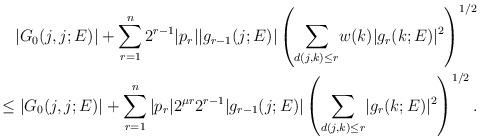
LaTeX: \begin{align*} |G_0(j,j; E)| + \sum_{r = 1}^n 2^{r-1} |p_r| |g_{r-1}(j; E)| \left(\sum_{d(j,k) \le r} \! w(k) |g_r(k; E)|^2 \right)^{1/2}\\\le |G_0(j,j; E)| + \sum_{r = 1}^n |p_r| 2^{\mu r} 2^{r-1} |g_{r-1}(j; E)| \left(\sum_{d(j,k) \le r} \! |g_r(k; E)|^2 \right)^{1/2}.\\\end{align*}